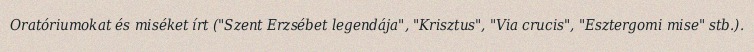
Oratóriumokat és miséket írt ("Szent Erzsébet legendája", "Krisztus", "Via crucis", "Esztergomi mise" stb.).